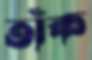
তাঁক